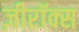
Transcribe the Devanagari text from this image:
ज़ीरॉक्स